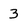
Character: 3